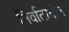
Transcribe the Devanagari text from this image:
निर्वातातील